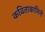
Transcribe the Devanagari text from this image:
कविताकामिनी